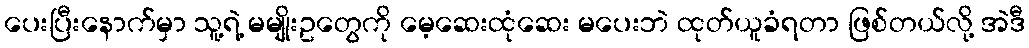
ပေးပြီးနောက်မှာ သူ့ရဲ့ မမျိုးဥတွေကို မေ့ဆေးထုံဆေး မပေးဘဲ ထုတ်ယူခံရတာ ဖြစ်တယ်လို့ အဲဒီ